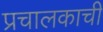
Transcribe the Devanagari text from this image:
प्रचालकाची